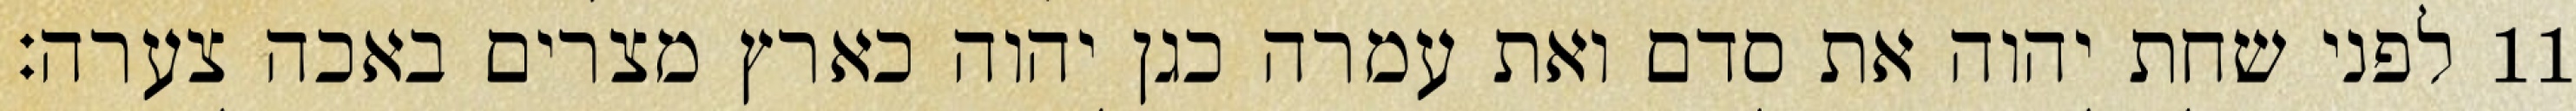
לפני שחת יהוה את סדם ואת עמרה כגן יהוה כארץ מצרים באכה צערה׃ ‎11‏